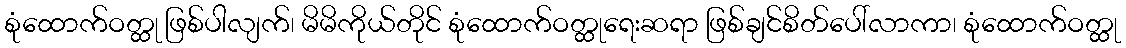
စုံထောက်ဝတ္ထု ဖြစ်ပါလျက်၊ မိမိကိုယ်တိုင် စုံထောက်ဝတ္ထုရေးဆရာ ဖြစ်ချင်စိတ်ပေါ်လာကာ၊ စုံထောက်ဝတ္ထု